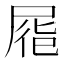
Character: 𡲏